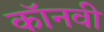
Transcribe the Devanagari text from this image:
कॉनवी